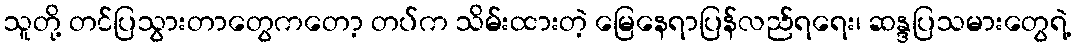
သူတို့ တင်ပြသွားတာတွေကတော့ တပ်က သိမ်းထားတဲ့ မြေနေရာပြန်လည်ရရေး၊ ဆန္ဒပြသမားတွေရဲ့